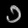
Digit: ၁